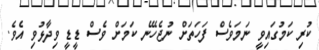
ކުރި ކަމުގައިވީ ނަމަވެސް ފަހަތަށް ނުޖެހޭނެ ކަމަށް ވެސް ޑީޑީ ވިދާޅުވި އެވެ.